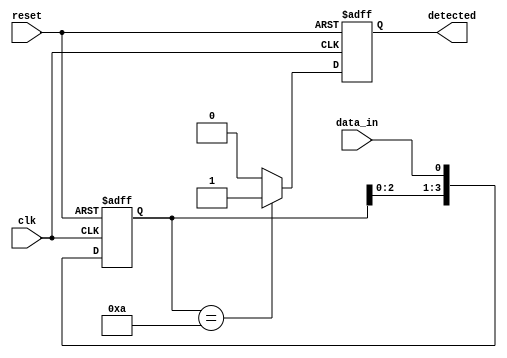
module pattern_detector #(
    parameter PATTERN_LENGTH = 4 // Length of the pattern to detect
)(
    input wire clk,               // Clock signal
    input wire reset,             // Reset signal
    input wire data_in,           // Serial input data stream
    output reg detected           // Output signal indicating pattern detection
);

    // Pattern register (predefined pattern)
    reg [PATTERN_LENGTH-1:0] pattern_reg = 4'b1010; // Example pattern to detect
    reg [PATTERN_LENGTH-1:0] shift_reg;              // Shift register for incoming data

    // Sequential logic for shifting data and detecting pattern
    always @(posedge clk or posedge reset) begin
        if (reset) begin
            shift_reg <= 0; // Reset shift register
            detected <= 0;  // Reset detected signal
        end else begin
            // Shift the incoming data into the shift register
            shift_reg <= {shift_reg[PATTERN_LENGTH-2:0], data_in};

            // Compare the shift register with the pattern register
            if (shift_reg == pattern_reg) begin
                detected <= 1; // Pattern detected
            end else begin
                detected <= 0; // No pattern detected
            end
        end
    end

endmodule